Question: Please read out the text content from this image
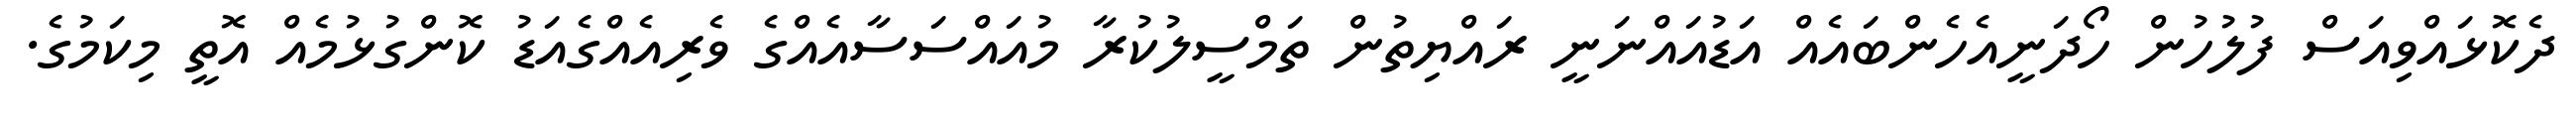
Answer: ދެކޮޅައްވިއަސް ފުލުހުން ހޯދަނީއެހެންބައެއް އަޑުއައްނަނީ ރައްޔިތުން ތަމްސީލުކުރާ މުއައްސަސާއެއްގެ ވެރިއެއްގެއަޑު ކޮންގުޅުމެއް އޮތީ މިކަމުގެ.